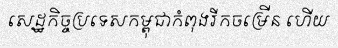
សេដ្ឋកិច្ចប្រទេសកម្ពុជាកំពុងរីកចម្រើន ហើយ